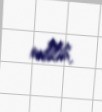
edilib.